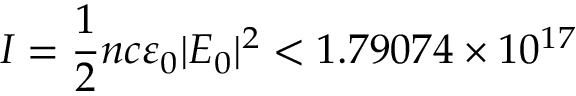
I = \frac { 1 } { 2 } n c \varepsilon _ { 0 } | E _ { 0 } | ^ { 2 } < 1 . 7 9 0 7 4 \times 1 0 ^ { 1 7 }